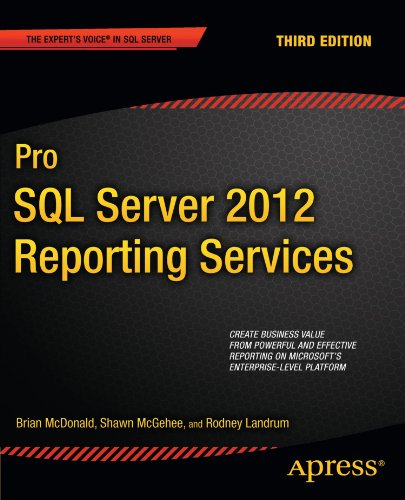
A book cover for Pro SQL Server 2012 Reporting Services (Expert's Voice in SQL Server); Brian McDonald; Computers & Technology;